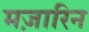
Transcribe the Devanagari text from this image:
मज़ारिन